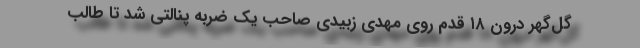
گل‌گهر درون ۱۸ قدم روی مهدی زبیدی صاحب یک ضربه پنالتی شد تا طالب